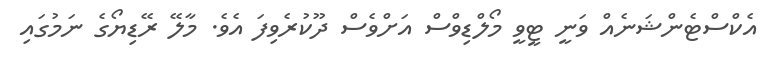
އެކްސްޓެންޝަނެއް ވަނީ ޓީވީ މޯލްޑިވްސް އަށްވެސް ދޫކުރެވިފަ އެވެ. މާލޭ ރޭޑިޔޯގެ ނަމުގައި